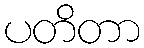
ပတိတာ